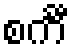
စင်္ကီ